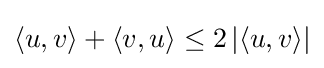
\langle u,v\rangle +\langle v,u\rangle \leq 2\left|\left\langle u,v\right\rangle \right|